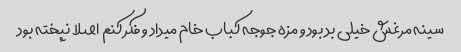
سینه مرغش خیلی بد بود و مزه جوجه کباب خام میداد و فکر کنم اصلا نپخته بود